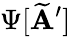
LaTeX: \Psi[\widetilde{\mathbf A}^{\prime}]